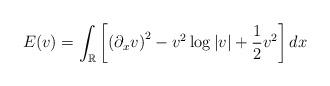
LaTeX: \begin{align*}E(v) = \int_{\mathbb{R}} \left[ \left( \partial_x v \right)^2 - v^2 \log|v| + \frac{1}{2} v^2 \right] dx\end{align*}